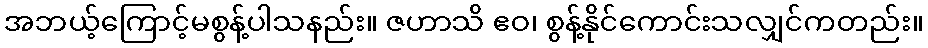
အဘယ့်ကြောင့်မစွန့်ပါသနည်း။ ဇဟာသိ ဧဝ၊ စွန့်နိုင်ကောင်းသလျှင်ကတည်း။